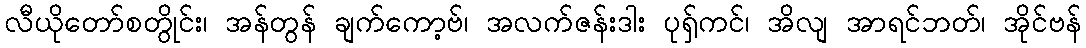
လီယိုတော်စတွိုင်း၊ အန်တွန် ချက်ကော့ဗ်၊ အလက်ဇန်းဒါး ပုရှ်ကင်၊ အိလျ အာရင်ဘတ်၊ အိုင်ဗန်